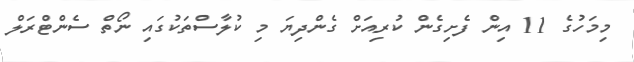
މިމަހުގެ 11 އިން ފެށިގެން ކުރިއަށް ގެންދިޔަ މި ކުލާސްތަކުގައި ނޯތް ސެންޓްރަލް